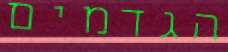
הגדמים